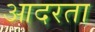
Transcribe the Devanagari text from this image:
आदरता